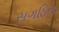
સગઠિત